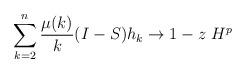
LaTeX: \begin{align*} \sum_{k=2}^n \frac{\mu(k)}{k} (I-S) h_k \to 1-z \ H^p\end{align*}